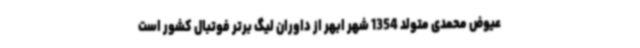
عیوض محمدی متولد 1354 شهر ابهر از داوران لیگ برتر فوتبال کشور است